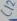
Text: C12